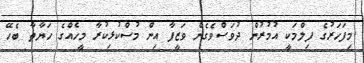
މިފަހަރުގެ ފިލްމަކީ އުމުރުން ދުވަސްވެގެން ވަޒީފާ އިން މުސްކުޅިކުރާ މީހެއްގެ ހަޔާތާ ބެހޭ